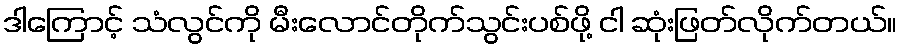
ဒါကြောင့် သံလွင်ကို မီးလောင်တိုက်သွင်းပစ်ဖို့ ငါ ဆုံးဖြတ်လိုက်တယ်။